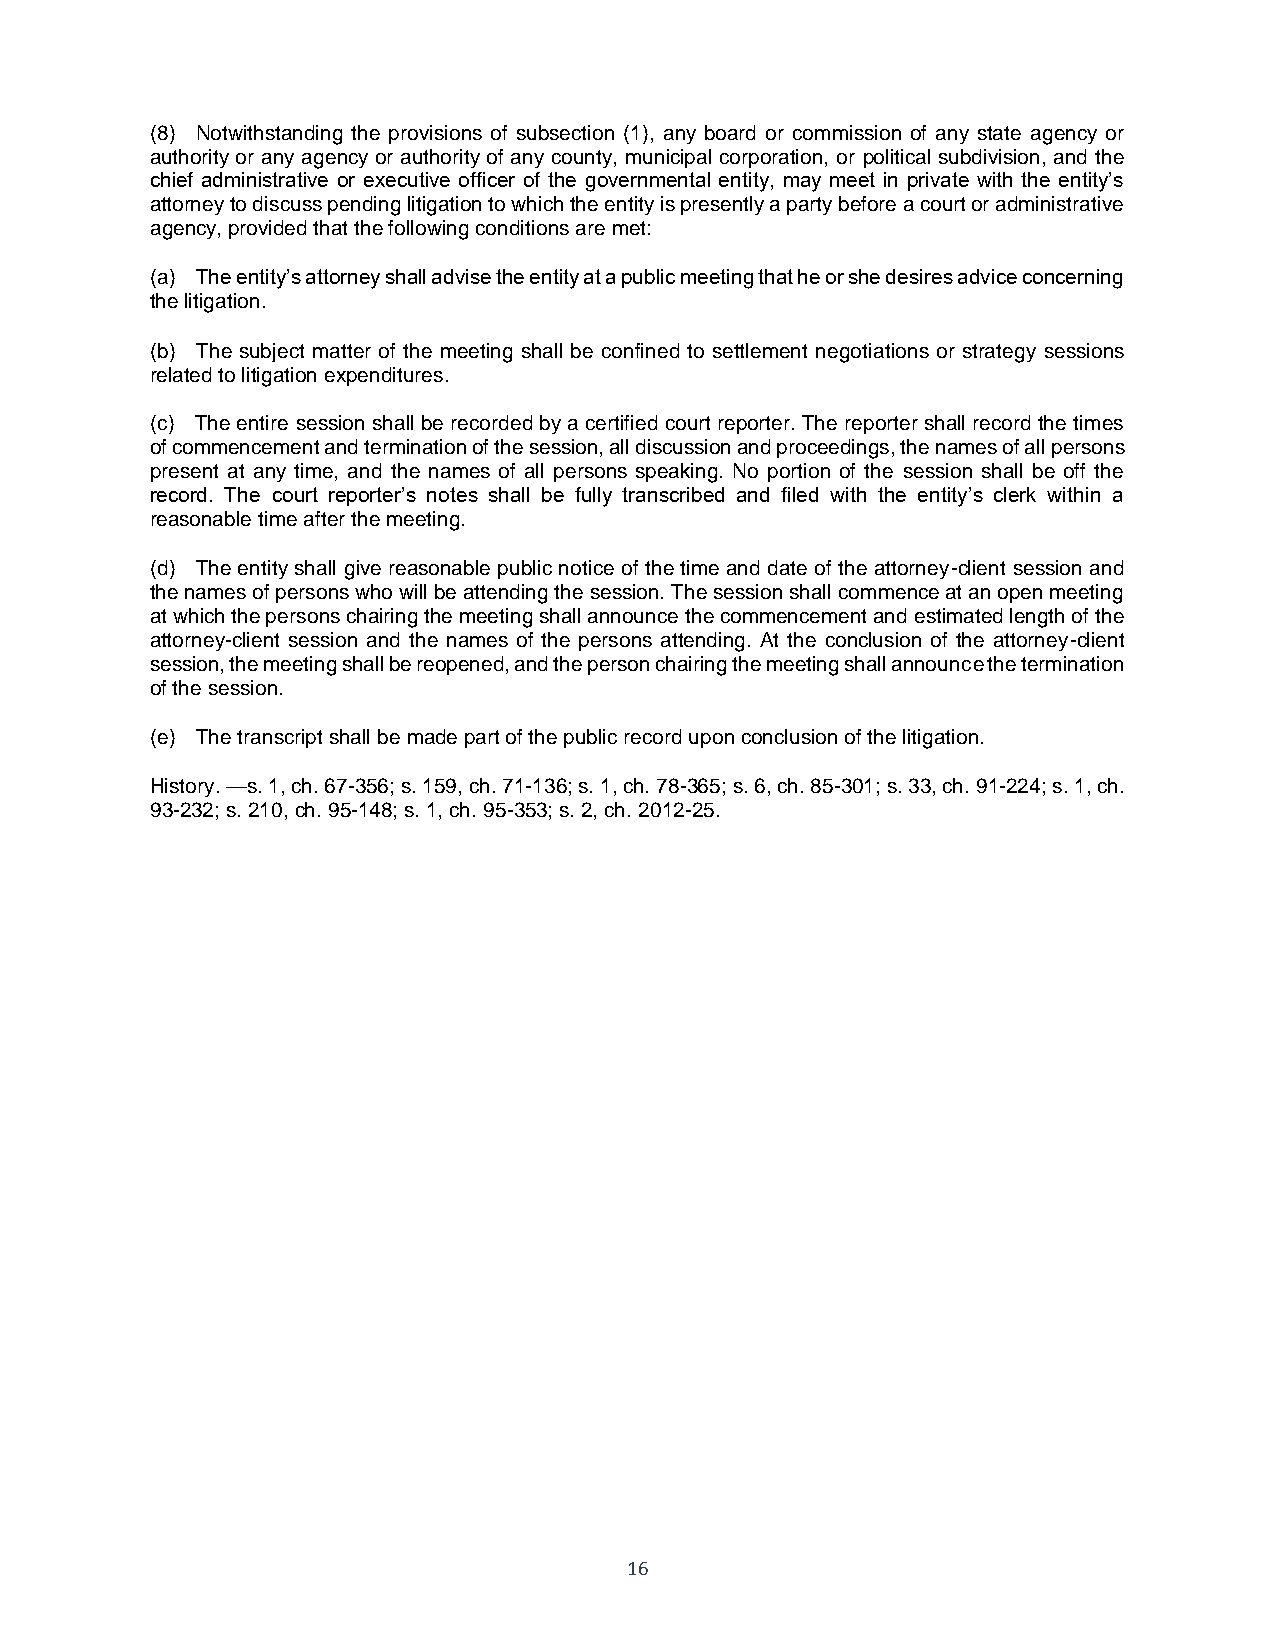
(8) Notwithstanding the provisions of subsection (1), any board or commission of any state agency or
 authority or any agency or authority of any county, municipal corporation, or political subdivision, and the
 chief administrative or executive officer of the governmental entity, may meet in private with the entity’s
 attorney to discuss pending litigation to which the entity is presently a party before a court or administrative
 agency, provided that the following conditions are met:
 (a) The entity’s attorney shall advise the entity at a public meeting that he or she desires advice concerning
 the litigation.
 (b) The subject matter of the meeting shall be confined to settlement negotiations or strategy sessions
 related to litigation expenditures.
 (c) The entire session shall be recorded by a certified court reporter. The reporter shall record the times
 of commencement and termination of the session, all discussion and proceedings, the names of all persons
 present at any time, and the names of all persons speaking. No portion of the session shall be off the
 record. The court reporter’s notes shall be fully transcribed and filed with the entity’s clerk within a
 reasonable time after the meeting.
 (d) The entity shall give reasonable public notice of the time and date of the attorney-client session and
 the names of persons who will be attending the session. The session shall commence at an open meeting
 at which the persons chairing the meeting shall announce the commencement and estimated length of the
 attorney-client session and the names of the persons attending. At the conclusion of the attorney-client
 session, the meeting shall be reopened, and the person chairing the meeting shall announce the termination
 of the session.
 (e) The transcript shall be made part of the public record upon conclusion of the litigation.
 History. —s. 1, ch. 67-356; s. 159, ch. 71-136; s. 1, ch. 78-365; s. 6, ch. 85-301; s. 33, ch. 91-224; s. 1, ch.
 93-232; s. 210, ch. 95-148; s. 1, ch. 95-353; s. 2, ch. 2012-25.
 16